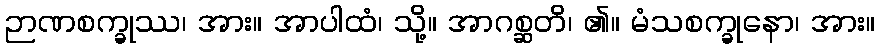
ဉာဏစက္ခုဿ၊ အား။ အာပါထံ၊ သို့။ အာဂစ္ဆတိ၊ ၏။ မံသစက္ခုနော၊ အား။